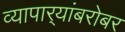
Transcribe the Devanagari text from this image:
व्यापार्‍यांबरोबर